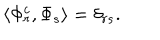
\langle \Phi _ { r } ^ { c } , \Phi _ { s } \rangle = \delta _ { r s } .